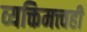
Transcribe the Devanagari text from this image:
व्यक्तिमत्त्वही